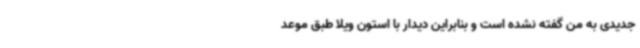
جدیدی به من گفته نشده است و بنابراین دیدار با استون ویلا طبق موعد